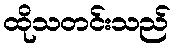
ထိုသတင်းသည်